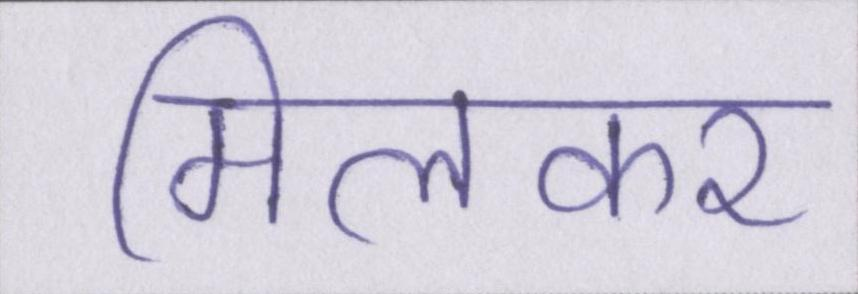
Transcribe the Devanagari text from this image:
मिलकर